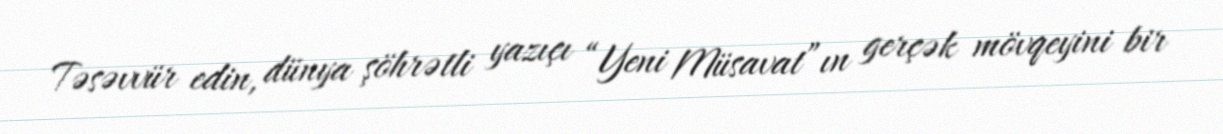
Təsəvvür edin, dünya şöhrətli yazıçı “Yeni Müsavat”ın gerçək mövqeyini bir